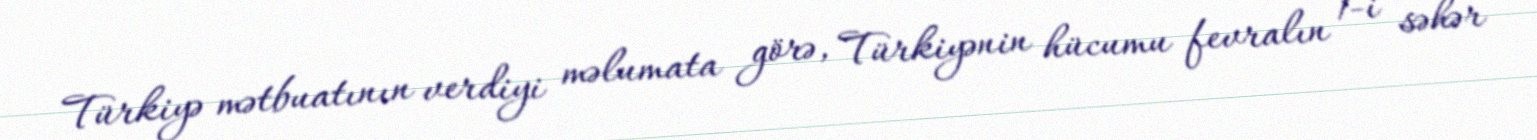
Türkiyə mətbuatının verdiyi məlumata görə, Türkiyənin hücumu fevralın 1-i səhər